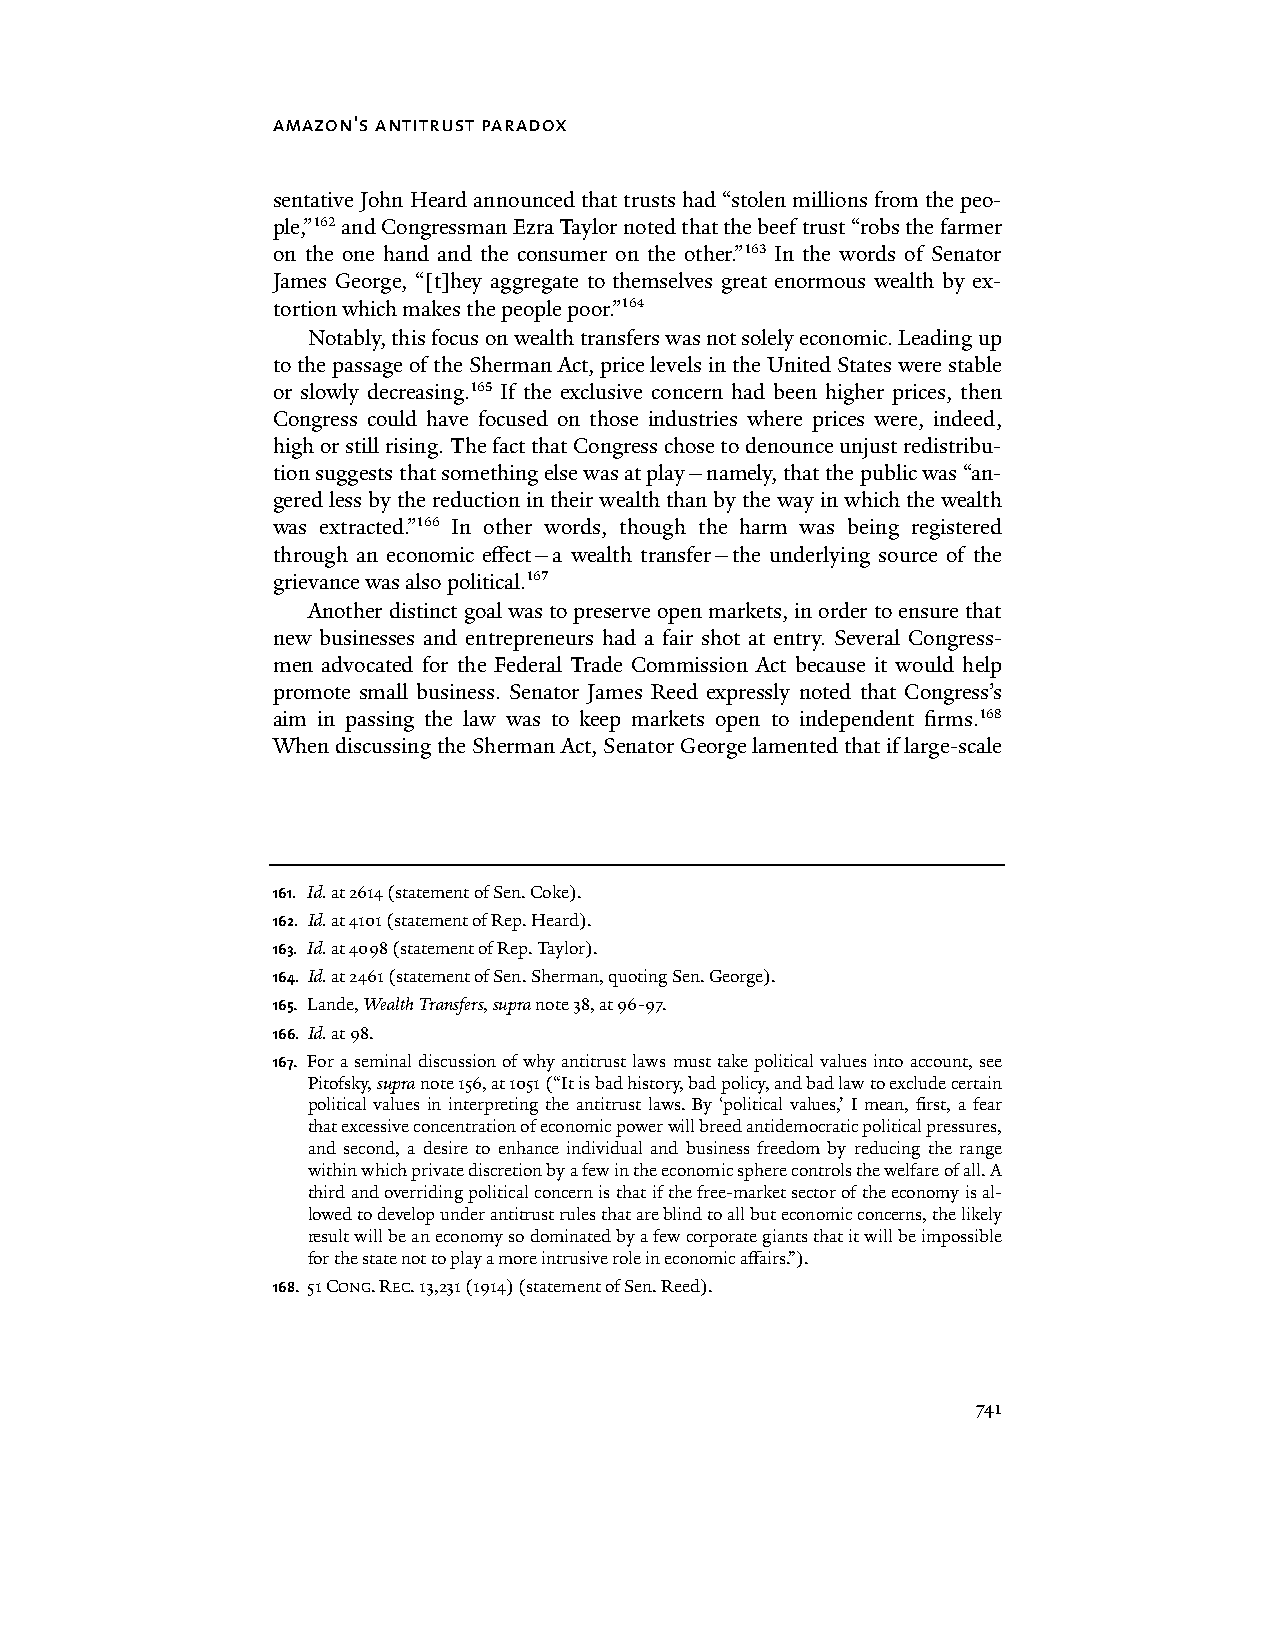
amazon's antitrust paradox
 sentative John Heard announced that trusts had “stolen millions from the peo-
 ple,”162 and Congressman Ezra Taylor noted that the beef trust “robs the farmer
 on the one hand and the consumer on the other.”163 In the words of Senator
 James George, “[t]hey aggregate to themselves great enormous wealth by ex-
 tortion which makes the people poor.”164
 Notably, this focus on wealth transfers was not solely economic. Leading up
 to the passage of the Sherman Act, price levels in the United States were stable
 or slowly decreasing.165 If the exclusive concern had been higher prices, then
 Congress could have focused on those industries where prices were, indeed,
 high or still rising. The fact that Congress chose to denounce unjust redistribu-
 tion suggests that something else was at play—namely, that the public was “an-
 gered less by the reduction in their wealth than by the way in which the wealth
 was extracted.”166 In other words, though the harm was being registered
 through an economic effect—a wealth transfer—the underlying source of the
 grievance was also political.167
 Another distinct goal was to preserve open markets, in order to ensure that
 new businesses and entrepreneurs had a fair shot at entry. Several Congress-
 men advocated for the Federal Trade Commission Act because it would help
 promote small business. Senator James Reed expressly noted that Congress’s
 aim in passing the law was to keep markets open to independent firms.168
 When discussing the Sherman Act, Senator George lamented that if large-scale
 161. Id. at 2614 (statement of Sen. Coke).
 162. Id. at 4101 (statement of Rep. Heard).
 163. Id. at 4098 (statement of Rep. Taylor).
 164. Id. at 2461 (statement of Sen. Sherman, quoting Sen. George).
 165. Lande, Wealth Transfers, supra note 38, at 96-97.
 166. Id. at 98.
 167. For a seminal discussion of why antitrust laws must take political values into account, see
 Pitofsky, supra note 156, at 1051 (“It is bad history, bad policy, and bad law to exclude certain
 political values in interpreting the antitrust laws. By ‘political values,’ I mean, first, a fear
 that excessive concentration of economic power will breed antidemocratic political pressures,
 and second, a desire to enhance individual and business freedom by reducing the range
 within which private discretion by a few in the economic sphere controls the welfare of all. A
 third and overriding political concern is that if the free-market sector of the economy is al-
 lowed to develop under antitrust rules that are blind to all but economic concerns, the likely
 result will be an economy so dominated by a few corporate giants that it will be impossible
 for the state not to play a more intrusive role in economic affairs.”).
 168. 51 CONG. REC. 13,231 (1914) (statement of Sen. Reed).
 741